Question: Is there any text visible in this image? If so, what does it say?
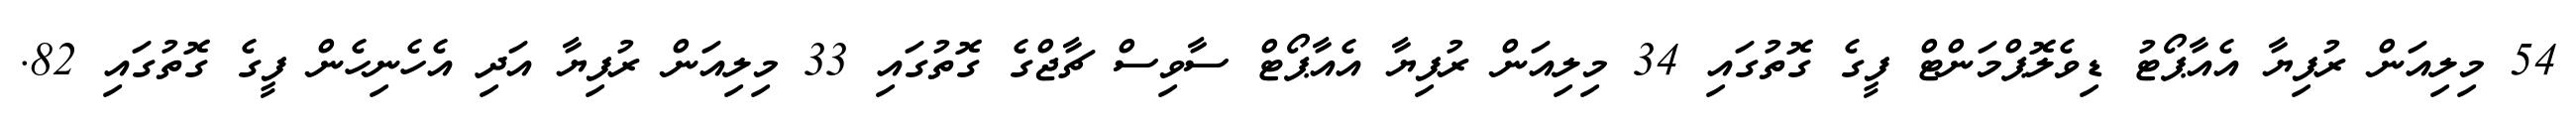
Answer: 54 މިލިއަން ރުފިޔާ އެއާޕޯޓު ޑިވެލޮޕްމަންޓް ފީގެ ގޮތުގައި 34 މިލިއަން ރުފިޔާ އެއާޕޯޓް ސާވިސް ޗާޖްގެ ގޮތުގައި 33 މިލިއަން ރުފިޔާ އަދި އެހެނިހެން ފީގެ ގޮތުގައި 82.